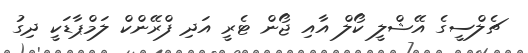
ޗެލްސީގެ އޭޝްލީ ކޯލް އާއި ޖޯން ޓެރީ އަދި ފްރޭންކް ލަމްޕާޑަކީ ދިގު